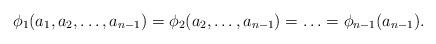
LaTeX: \begin{align*} \phi_1(a_1,a_2,\ldots, a_{n-1})=\phi_2(a_2,\ldots, a_{n-1})=\ldots= \phi_{n-1}(a_{n-1}) . \end{align*}